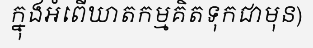
ក្នុងអំពើឃាតកម្មគិតទុកជាមុន)